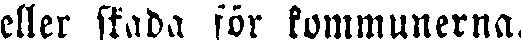
eller skada för kommunerna.